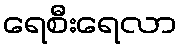
ရေစီးရေလာ